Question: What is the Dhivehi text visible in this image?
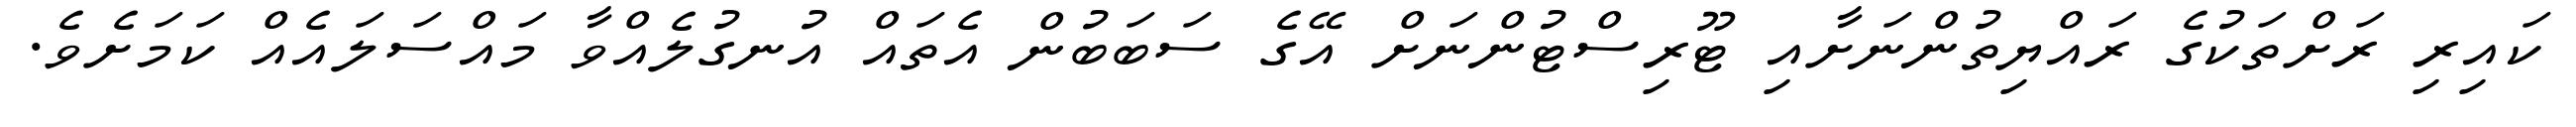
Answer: ކައިރި ރަށްތަކުގެ ރައްޔިތުންނަށާއި ޓޫރިސްޓުންނަށް އޭގެ ސަބަބުން އެތައް އުނގުލެއްވާ މައްސަލައެއް ކަމަށެވެ.